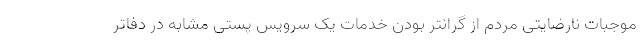
موجبات نارضایتی مردم از گرانتر بودن خدمات یک سرویس پستی مشابه در دفاتر